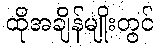
ထိုအချိန်မျိုးတွင်